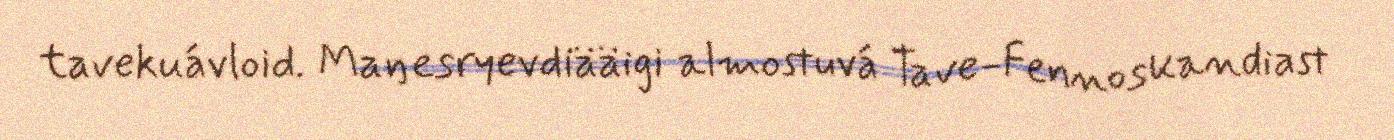
tavekuávloid. Maŋesryevdiääigi almostuvá Tave-Fennoskandiast